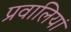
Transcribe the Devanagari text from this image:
प्रवालियां